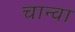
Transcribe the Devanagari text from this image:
चान्वा